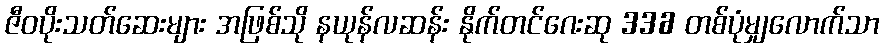
ဇီဝပိုးသတ်ဆေးများ အဖြစ်သို နယုန်လဆန်း နိုက်တင်ဂေးဆု 336 တစ်ပုံမျှလောက်သာ